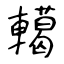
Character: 轕